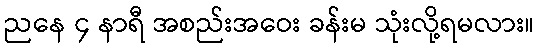
ညနေ ၄ နာရီ အစည်းအဝေး ခန်းမ သုံးလို့ရမလား။